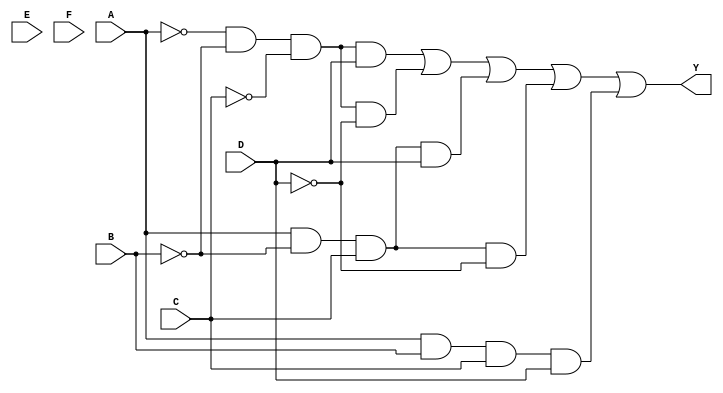
module kmap_6var (
    input wire A,     // Input variable A
    input wire B,     // Input variable B
    input wire C,     // Input variable C
    input wire D,     // Input variable D
    input wire E,     // Input variable E
    input wire F,     // Input variable F
    output wire Y     // Output of the logic function
);

// Define the simplified Boolean expression based on the K-map
// Example simplification: Y = A'B'C'D + A'B'C'D' + AB'C'D + AB'C'D' + ABCD
// This is a placeholder; replace it with the actual expression from your K-map

assign Y = (~A & ~B & ~C & D) | 
           (~A & ~B & ~C & ~D) |
           (A & ~B & C & D) |
           (A & ~B & C & ~D) |
           (A & B & C & D);

// The above expression can be modified according to the actual K-map simplification

endmodule